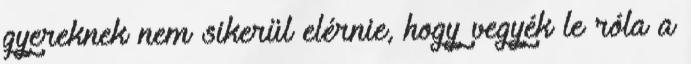
gyereknek nem sikerül elérnie, hogy vegyék le róla a